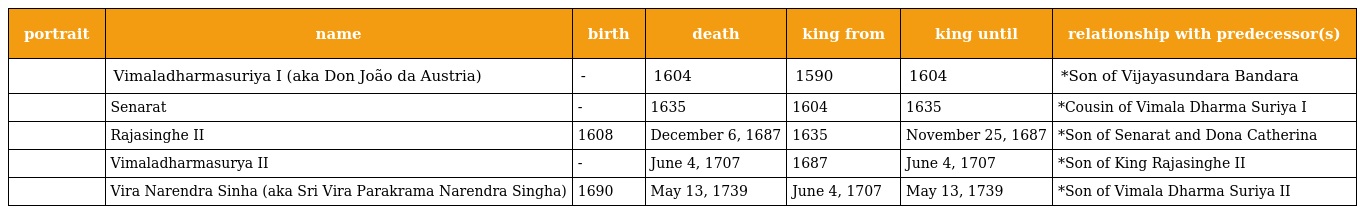
| portrait | name | birth | death | king from | king until | relationship with predecessor(s) |
 | --- | --- | --- | --- | --- | --- | --- |
 |  | Vimaladharmasuriya I (aka Don João da Austria) | - | 1604 | 1590 | 1604 | *Son of Vijayasundara Bandara |
 |  | Senarat | - | 1635 | 1604 | 1635 | *Cousin of Vimala Dharma Suriya I |
 |  | Rajasinghe II | 1608 | December 6, 1687 | 1635 | November 25, 1687 | *Son of Senarat and Dona Catherina |
 |  | Vimaladharmasurya II | - | June 4, 1707 | 1687 | June 4, 1707 | *Son of King Rajasinghe II |
 |  | Vira Narendra Sinha (aka Sri Vira Parakrama Narendra Singha) | 1690 | May 13, 1739 | June 4, 1707 | May 13, 1739 | *Son of Vimala Dharma Suriya II |